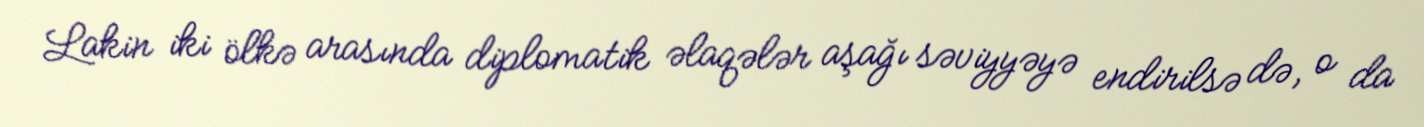
Lakin iki ölkə arasında diplomatik əlaqələr aşağı səviyyəyə endirilsə də, o da